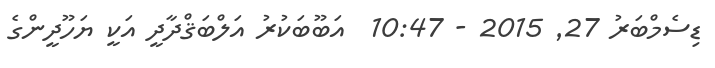
ޑިސެމްބަރު 27